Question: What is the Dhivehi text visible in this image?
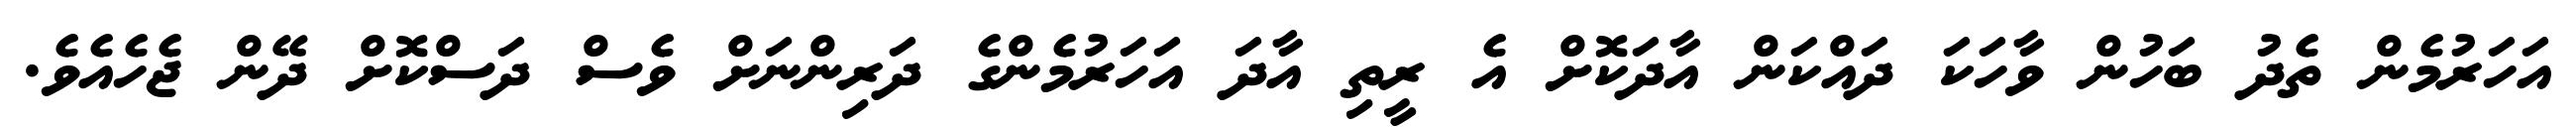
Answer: އަހަރުމެން ތެދު ބަހުން ވާހަކަ ދައްކަން އާދަކޮށް އެ ރީތި އާދަ އަހަރުމެންގެ ދަރިންނަށް ވެސް ދަސްކޮށް ދޭން ޖެހެއެވެ.